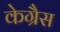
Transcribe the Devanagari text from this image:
केग्रैस